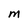
Character: M